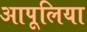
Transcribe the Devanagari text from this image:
आपूलिया